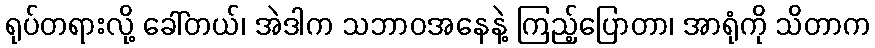
ရုပ်တရားလို့ ခေါ်တယ်၊ အဲဒါက သဘာဝအနေနဲ့ ကြည့်ပြောတာ၊ အာရုံကို သိတာက